Annual report on the health of the army in India
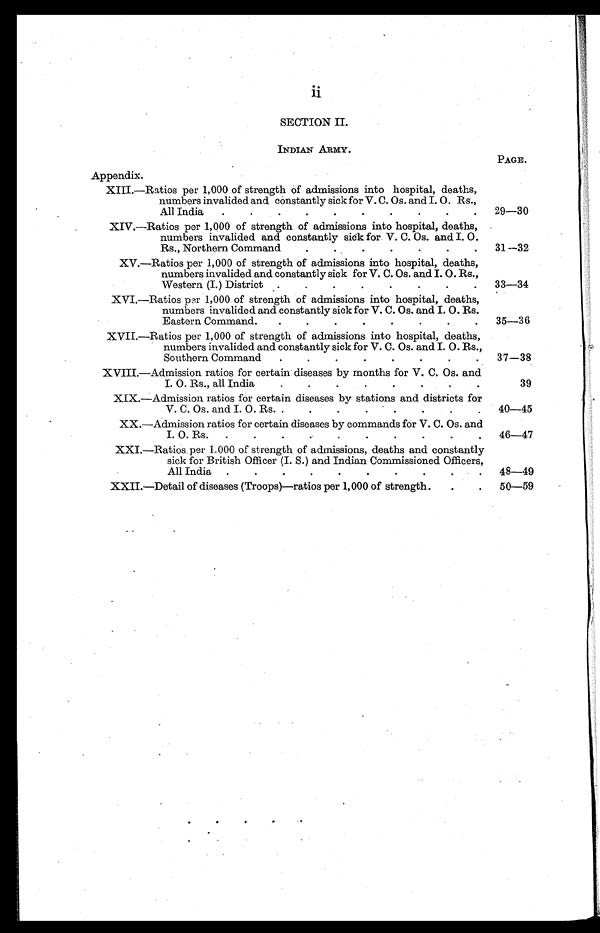
ii
SECTION II.
INDIAN ARMY.
Appendix.
PAGE.
XIII.—Ratios per 1,000 of strength of admissions into hospital, deaths,
numbers invalided and constantly sick for V. C. Os. and I. O. Rs.,
All India
.
.
.
.
.
.
.
.
.
.
29—30
XIV.—Ratios per 1,000 of strength of admissions into hospital, deaths,
numbers invalided and constantly sick for. V. C. Os. and I. O.
Rs., Northern Command
.
.
.
.
.
.
.
31—32
XV.—Ratios per 1,000 of strength of admissions into hospital, deaths,
numbers invalided and constantly sick for V. C. Os. and I. O. Rs.,
Western (I.) District .
.
.
.
.
.
.
.
33—34
XVI.—Ratios per 1,000 of strength of admissions into hospital, deaths,
numbers invalided and constantly sick for V. C. Os. and I. O. Rs.
Eastern Command.
.
.
.
.
.
.
.
.
35—36
XVII.—Ratios per 1,000 of strength of admissions into hospital, deaths,
numbers invalided and constantly sick for V. C. Os. and I. O. Rs.,
Southern Command
.
.
.
.
.
.
.
.
37—38
XVIII.—Admission ratios for certain diseases by months for V. C. Os. and
I. O. Rs., all India
.
.
.
.
.
.
.
.
39
XIX.—Admission ratios for certain diseases by stations and districts for
V. C. Os. and I. O. Rs. .
.
.
. • .
.
.
.
40—45
XX.—Admission ratios for certain diseases by commands for V. C. Os. and
I. O. Rs.
.
.
.
.
. . . . . . 46—47
XXI—Ratios per 1.000 of strength of admissions, deaths and constantly
sick for British Officer (I. S.) and Indian Commissioned Officers,
All India .
.
.
.
.
.
.
.
.
.
48—49
XXII.—Detail of diseases (Troops)—ratios per 1,000 of strength.
.
.
50—59